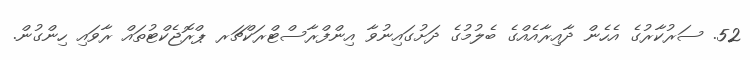
52. ސަރުކާރުގެ އެހެން ދާއިރާއެއްގެ ބެލުމުގެ ދަށުގައިނުވާ އިންފްރާސްޓްރަކްޗަރ ޕްރޮޖެކްޓުތައް ރާވައި ހިންގުން.